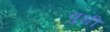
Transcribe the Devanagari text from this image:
वुगी